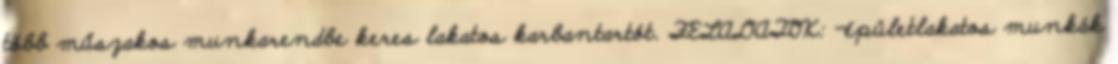
több műszakos munkarendbe keres lakatos karbantartót. FELADATOK: -épületlakatos munkák